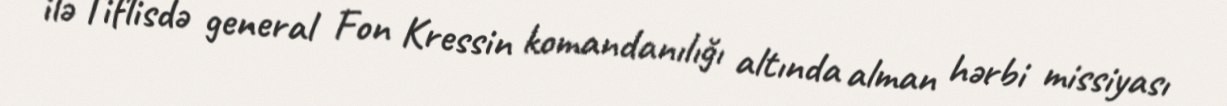
ilə Tiflisdə general Fon Kressin komandanılığı altında alman hərbi missiyası